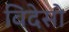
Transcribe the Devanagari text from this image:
विदेसो